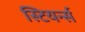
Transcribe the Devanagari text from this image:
स्टियर्न्स